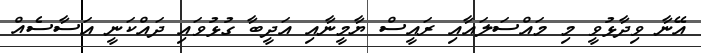
އޭނާ ވިދާޅުވީ މި މައްސަލައާއި ރައީސް ޔާމީނާއި އަދީބާ ގުޅުވައި ދައްކަނީ އަސާސެއް